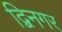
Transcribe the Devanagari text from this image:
द्विनगर